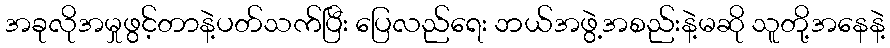
အခုလိုအမှုဖွင့်တာနဲ့ပတ်သက်ပြီး ပြေလည်ရေး ဘယ်အဖွဲ့အစည်းနဲ့မဆို သူတို့အနေနဲ့